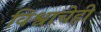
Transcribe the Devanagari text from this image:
विश्वाचेही